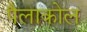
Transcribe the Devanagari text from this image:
पैलाकोल